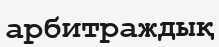
арбитраждық